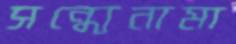
সন্ধ্যেনামা